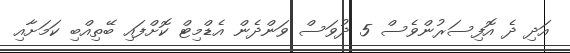
އަދި ދެ އޮފިސަރުންވެސް 5 ދުވަސް ވަންދެން އެޑްމިޓް ކޮށްފައި ބޭތިއްބި ކަމަށާއި